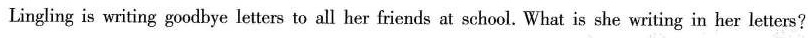
Ling ling is writing goodbye letters to all her friends at school. What is she writing in her letters?